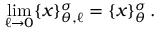
\operatorname * { l i m } _ { \ell \rightarrow 0 } \{ x \} _ { \theta , \ell } ^ { \sigma } = \{ x \} _ { \theta } ^ { \sigma } \, .